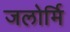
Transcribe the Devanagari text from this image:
जलोर्मि